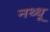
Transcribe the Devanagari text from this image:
नथ्थू